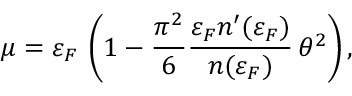
\mu = \varepsilon _ { F } \, \left( 1 - \frac { \pi ^ { 2 } } { 6 } \frac { \varepsilon _ { F } n ^ { \prime } ( \varepsilon _ { F } ) } { n ( \varepsilon _ { F } ) } \, \theta ^ { 2 } \right) ,